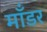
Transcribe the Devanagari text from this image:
माँडर